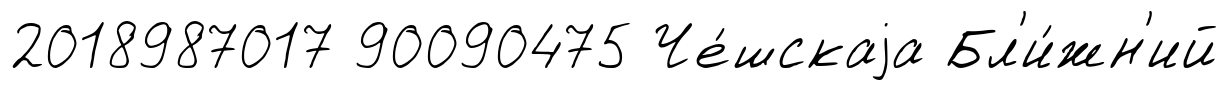
2018987017 90090475 Че́шскаjа Бл'и́жн'ий